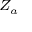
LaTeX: \scriptstyle { Z _ { a } }